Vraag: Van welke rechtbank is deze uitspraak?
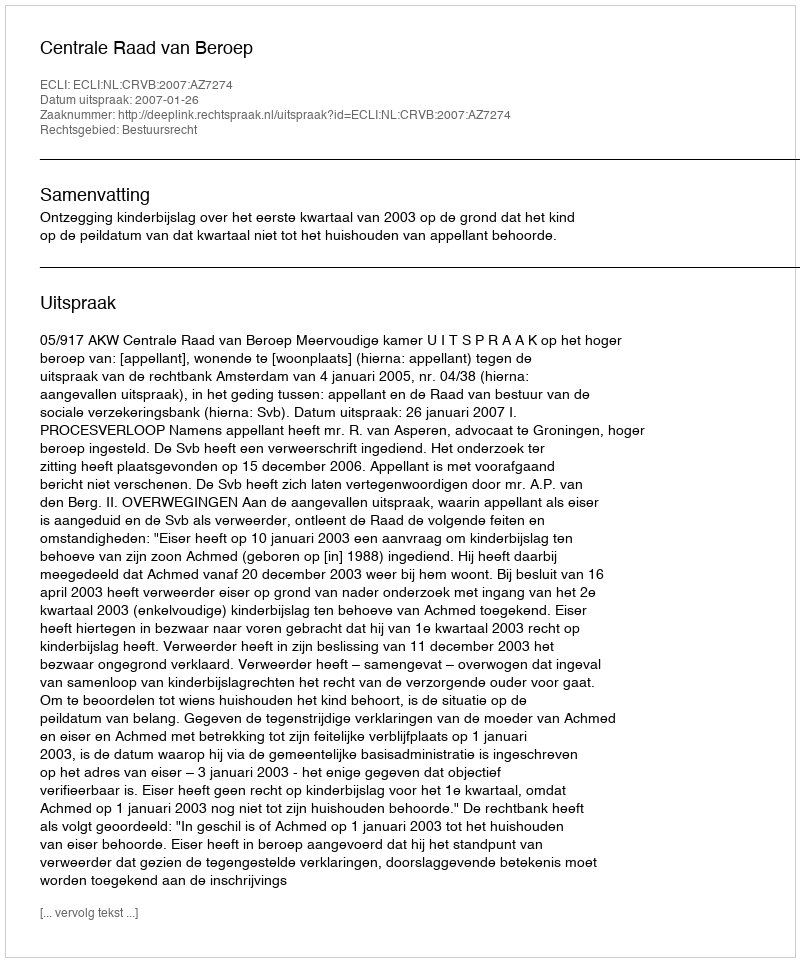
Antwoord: Centrale Raad van Beroep